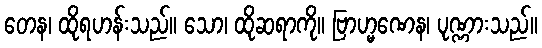
တေန၊ ထိုရဟန်းသည်။ သော၊ ထိုဆရာကို။ ဗြာဟ္မဏေန၊ ပုဏ္ဏားသည်။